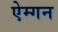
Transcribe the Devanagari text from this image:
ऐम्गन